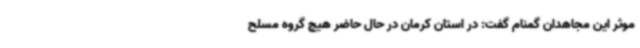
موثر این مجاهدان گمنام گفت: در استان کرمان در حال حاضر هیچ گروه مسلح